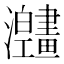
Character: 𱱅